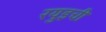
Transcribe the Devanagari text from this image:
रयुइची